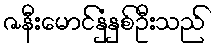
ဇနီးမောင်နှံနှစ်ဦးသည်